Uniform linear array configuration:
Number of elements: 8
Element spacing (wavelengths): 0.75
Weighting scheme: exponential
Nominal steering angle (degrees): -60
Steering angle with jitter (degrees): -61.075
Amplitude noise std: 0.05
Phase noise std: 0.05

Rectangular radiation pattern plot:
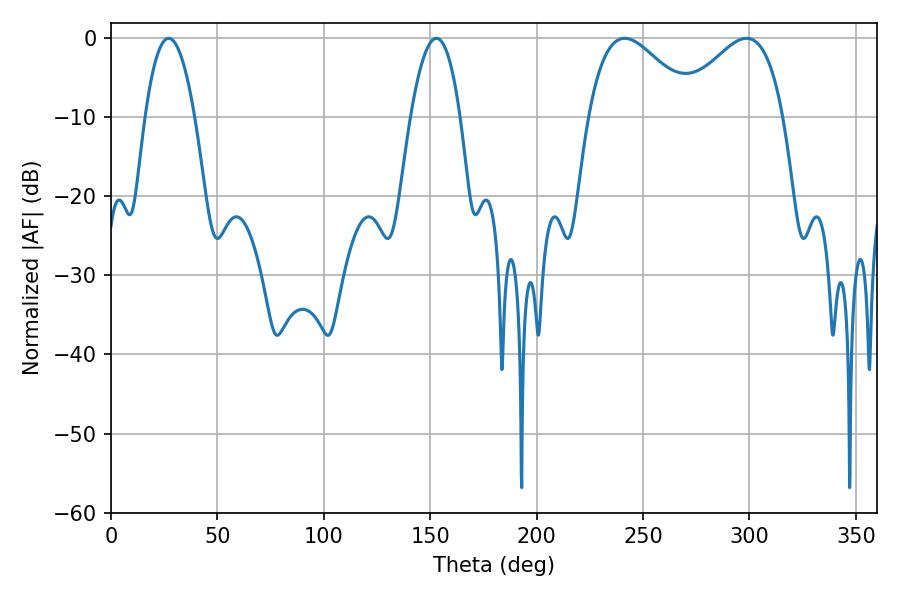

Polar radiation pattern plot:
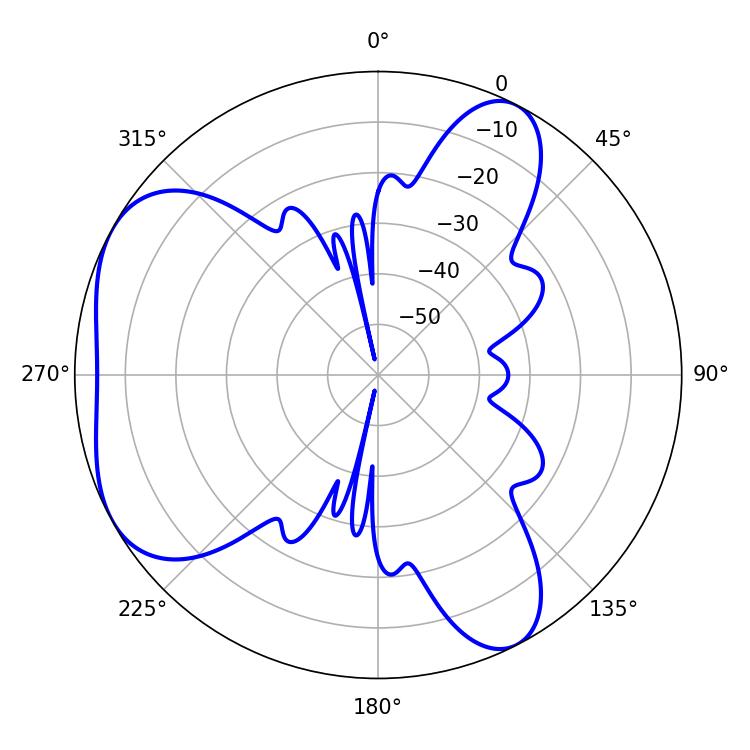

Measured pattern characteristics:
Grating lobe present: TRUE
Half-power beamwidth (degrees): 27
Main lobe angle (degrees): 241.38